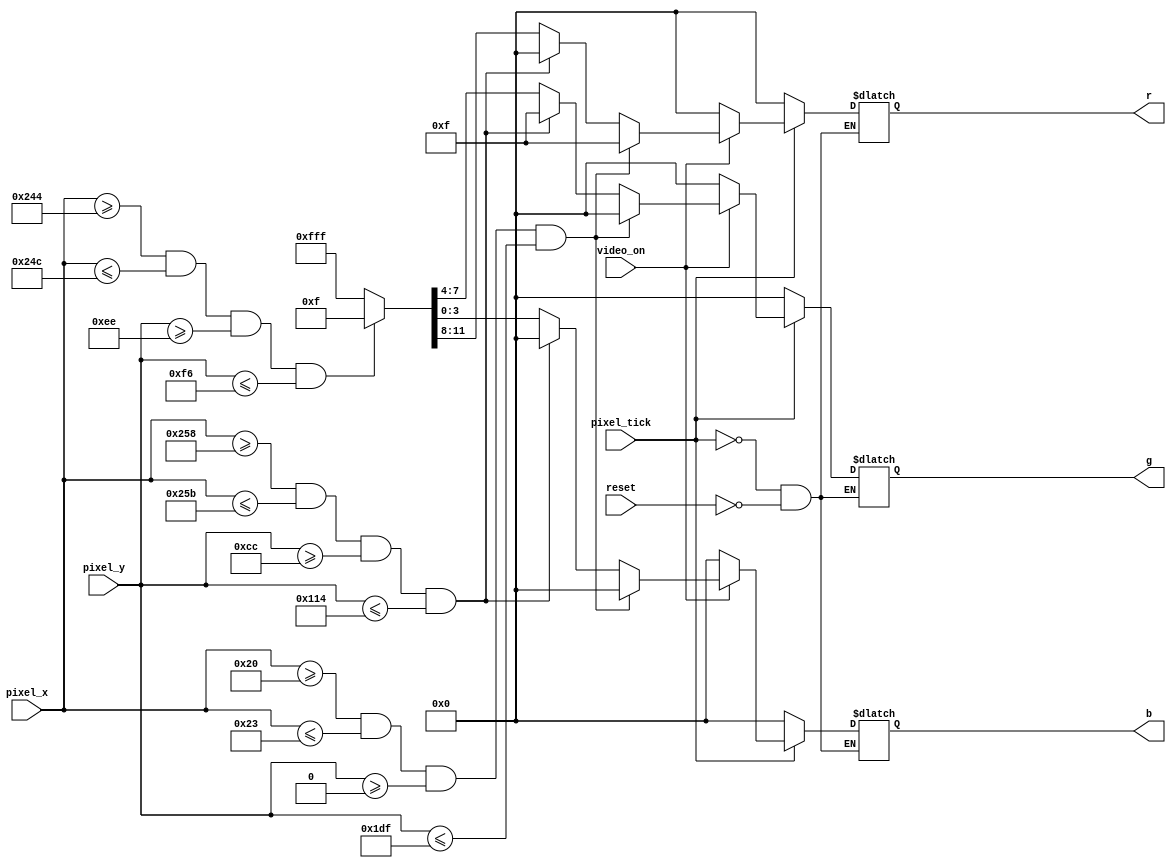
`timescale 1ns / 1ps
//****************************************************************//
// //
// Created by Steven Wang on 3/6/2018 10:25 PM. //
// Copyright  2018 Steven Wang. All rights reserved. //
// //
// //
// In submitting this file for class work at CSULB //
// I am confirming that this is my work and the work //
// of no one else. In submitting this code I acknowledge that //
// plagiarism in student project work is subject to dismissal. //
// from the class //
//****************************************************************//

//Pixel generation circuit that tells the monitor to draw objects on the screen depending on
//the location of x and y
//The wall has a width of 3 and a height of 480
//The paddle has a width of 3 and a height of 72
//The ball has a width of 8 and a height of 8
//Each of them has a different color and the background by default is white.
module pixel_gen_circuit(reset,pixel_x,pixel_y,pixel_tick,video_on,r,g,b);
input [9:0] pixel_x,pixel_y;
input reset;
input pixel_tick;
input video_on;
output reg [3:0] r, g, b;

localparam Screen_y_top = 0;
localparam Screen_y_bottom = 479;

localparam WALL_LEFT = 32;
localparam WALL_RIGHT = 35;

localparam PADDLE_LEFT = 600;
localparam PADDLE_RIGHT = 603;
localparam PADDLE_TOP = 204;
localparam PADDLE_BOTTOM = 276;

localparam BALL_LEFT = 580;
localparam BALL_RIGHT = 588;

localparam BALL_TOP = 238;
localparam BALL_BOTTOM = 246;

wire wall_on, paddle_on, ball_on;
assign wall_on = (pixel_x >= WALL_LEFT && pixel_x <= WALL_RIGHT && pixel_y >= Screen_y_top  && pixel_y <= Screen_y_bottom);
assign paddle_on = (pixel_x >= PADDLE_LEFT && pixel_x <= PADDLE_RIGHT && pixel_y >= PADDLE_TOP && pixel_y <= PADDLE_BOTTOM);
assign ball_on = (pixel_x >= BALL_LEFT && pixel_x <= BALL_RIGHT && pixel_y >= BALL_TOP && pixel_y <= BALL_BOTTOM);

always @(*) begin
	if (reset)
		{r,g,b} = 12'b0000_0000_0000;
if (pixel_tick)
	if (~video_on) 
		{r,g,b} = 12'b0000_0000_0000;
	else if (wall_on)
		{r,g,b} = 12'b1111_0000_0000;
	else if (paddle_on)
		{r,g,b} = 12'b0000_1111_0000;
	else if (ball_on)
		{r,g,b}= 12'b0000_0000_1111;
	else
		{r,g,b} = 12'b1111_1111_1111;
end
endmodule